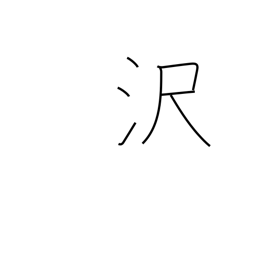
Meaning: brilliance